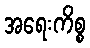
အရေးကိစ္စ